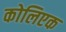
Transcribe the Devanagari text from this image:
कोलिएक